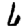
Digit: 6